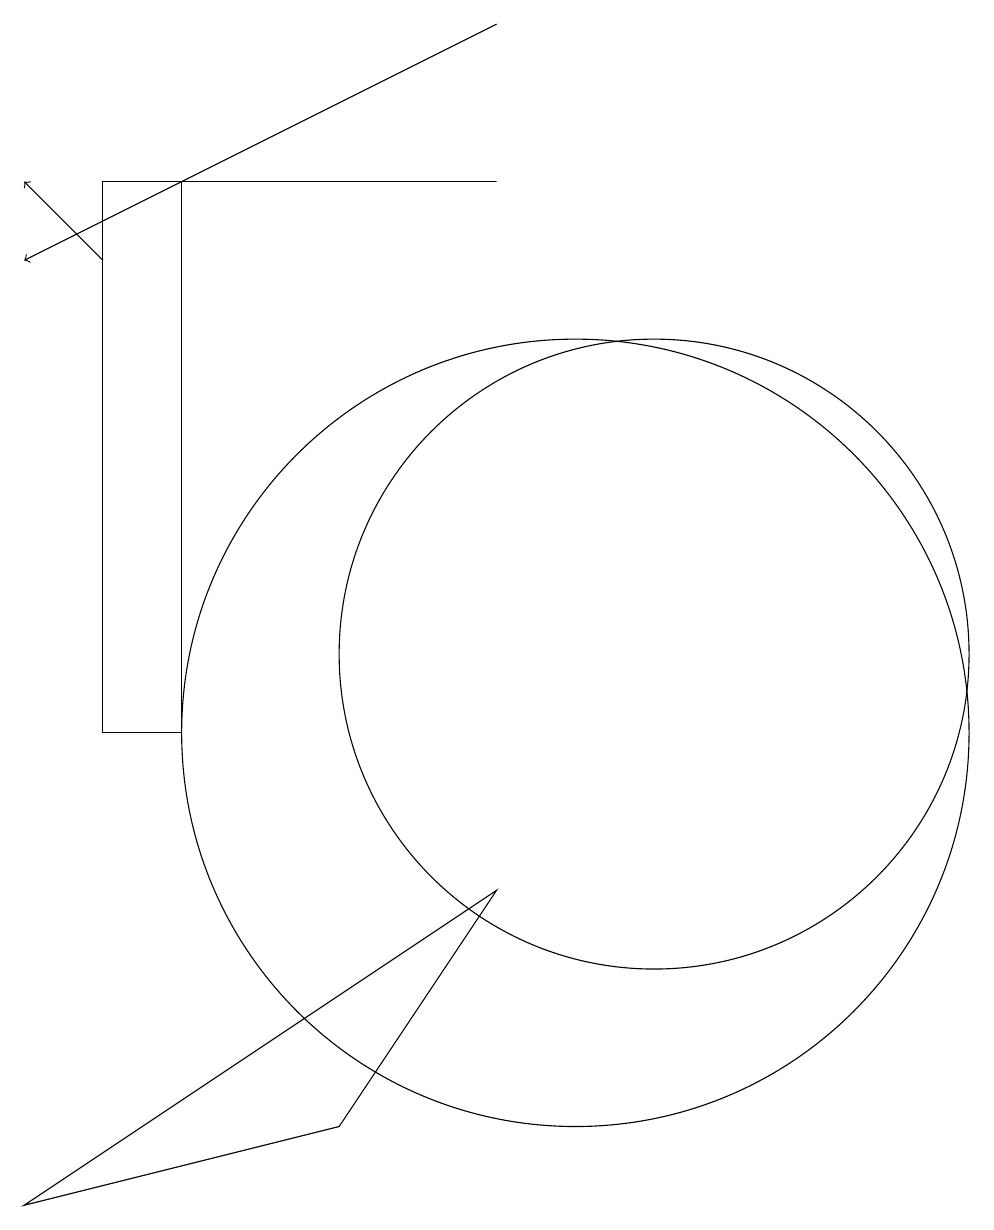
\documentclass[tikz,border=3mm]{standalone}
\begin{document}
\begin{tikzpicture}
\draw[->] (4,16) -- (3,17);
\draw (7,5) -- (3,4) -- (9,8) -- cycle;
\draw (4,10) rectangle (5,17);
\draw (10,10) circle (5);
\draw (11,11) circle (4);
\draw[->] (9,19) -- (3,16);
\draw (4,17) rectangle (9,17);
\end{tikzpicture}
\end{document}